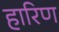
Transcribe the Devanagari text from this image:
हारिण